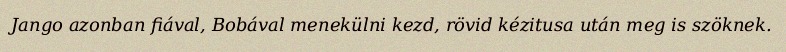
Jango azonban fiával, Bobával menekülni kezd, rövid kézitusa után meg is szöknek.